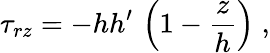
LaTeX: \tau_{rz}=-hh^{\prime}\, \left(1-\frac{z}{h}\right)\; ,